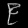
Digit: ၉